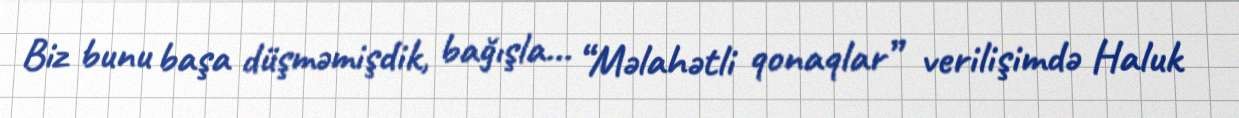
Biz bunu başa düşməmişdik, bağışla… “Məlahətli qonaqlar” verilişimdə Haluk